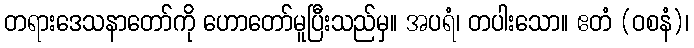
တရားဒေသနာတော်ကို ဟောတော်မူပြီးသည်မှ။ အပရံ၊ တပါးသော။ ဧတံ (ဝစနံ)၊